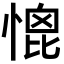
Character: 𢞗